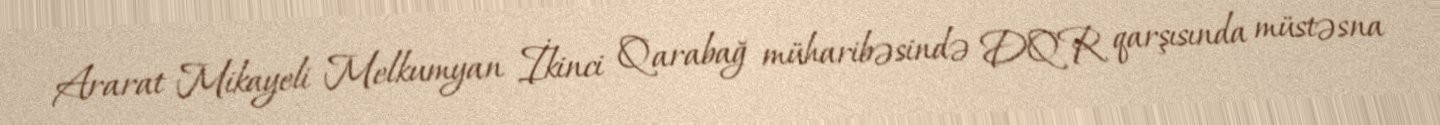
Ararat Mikayeli Melkumyan İkinci Qarabağ müharibəsində DQR qarşısında müstəsna